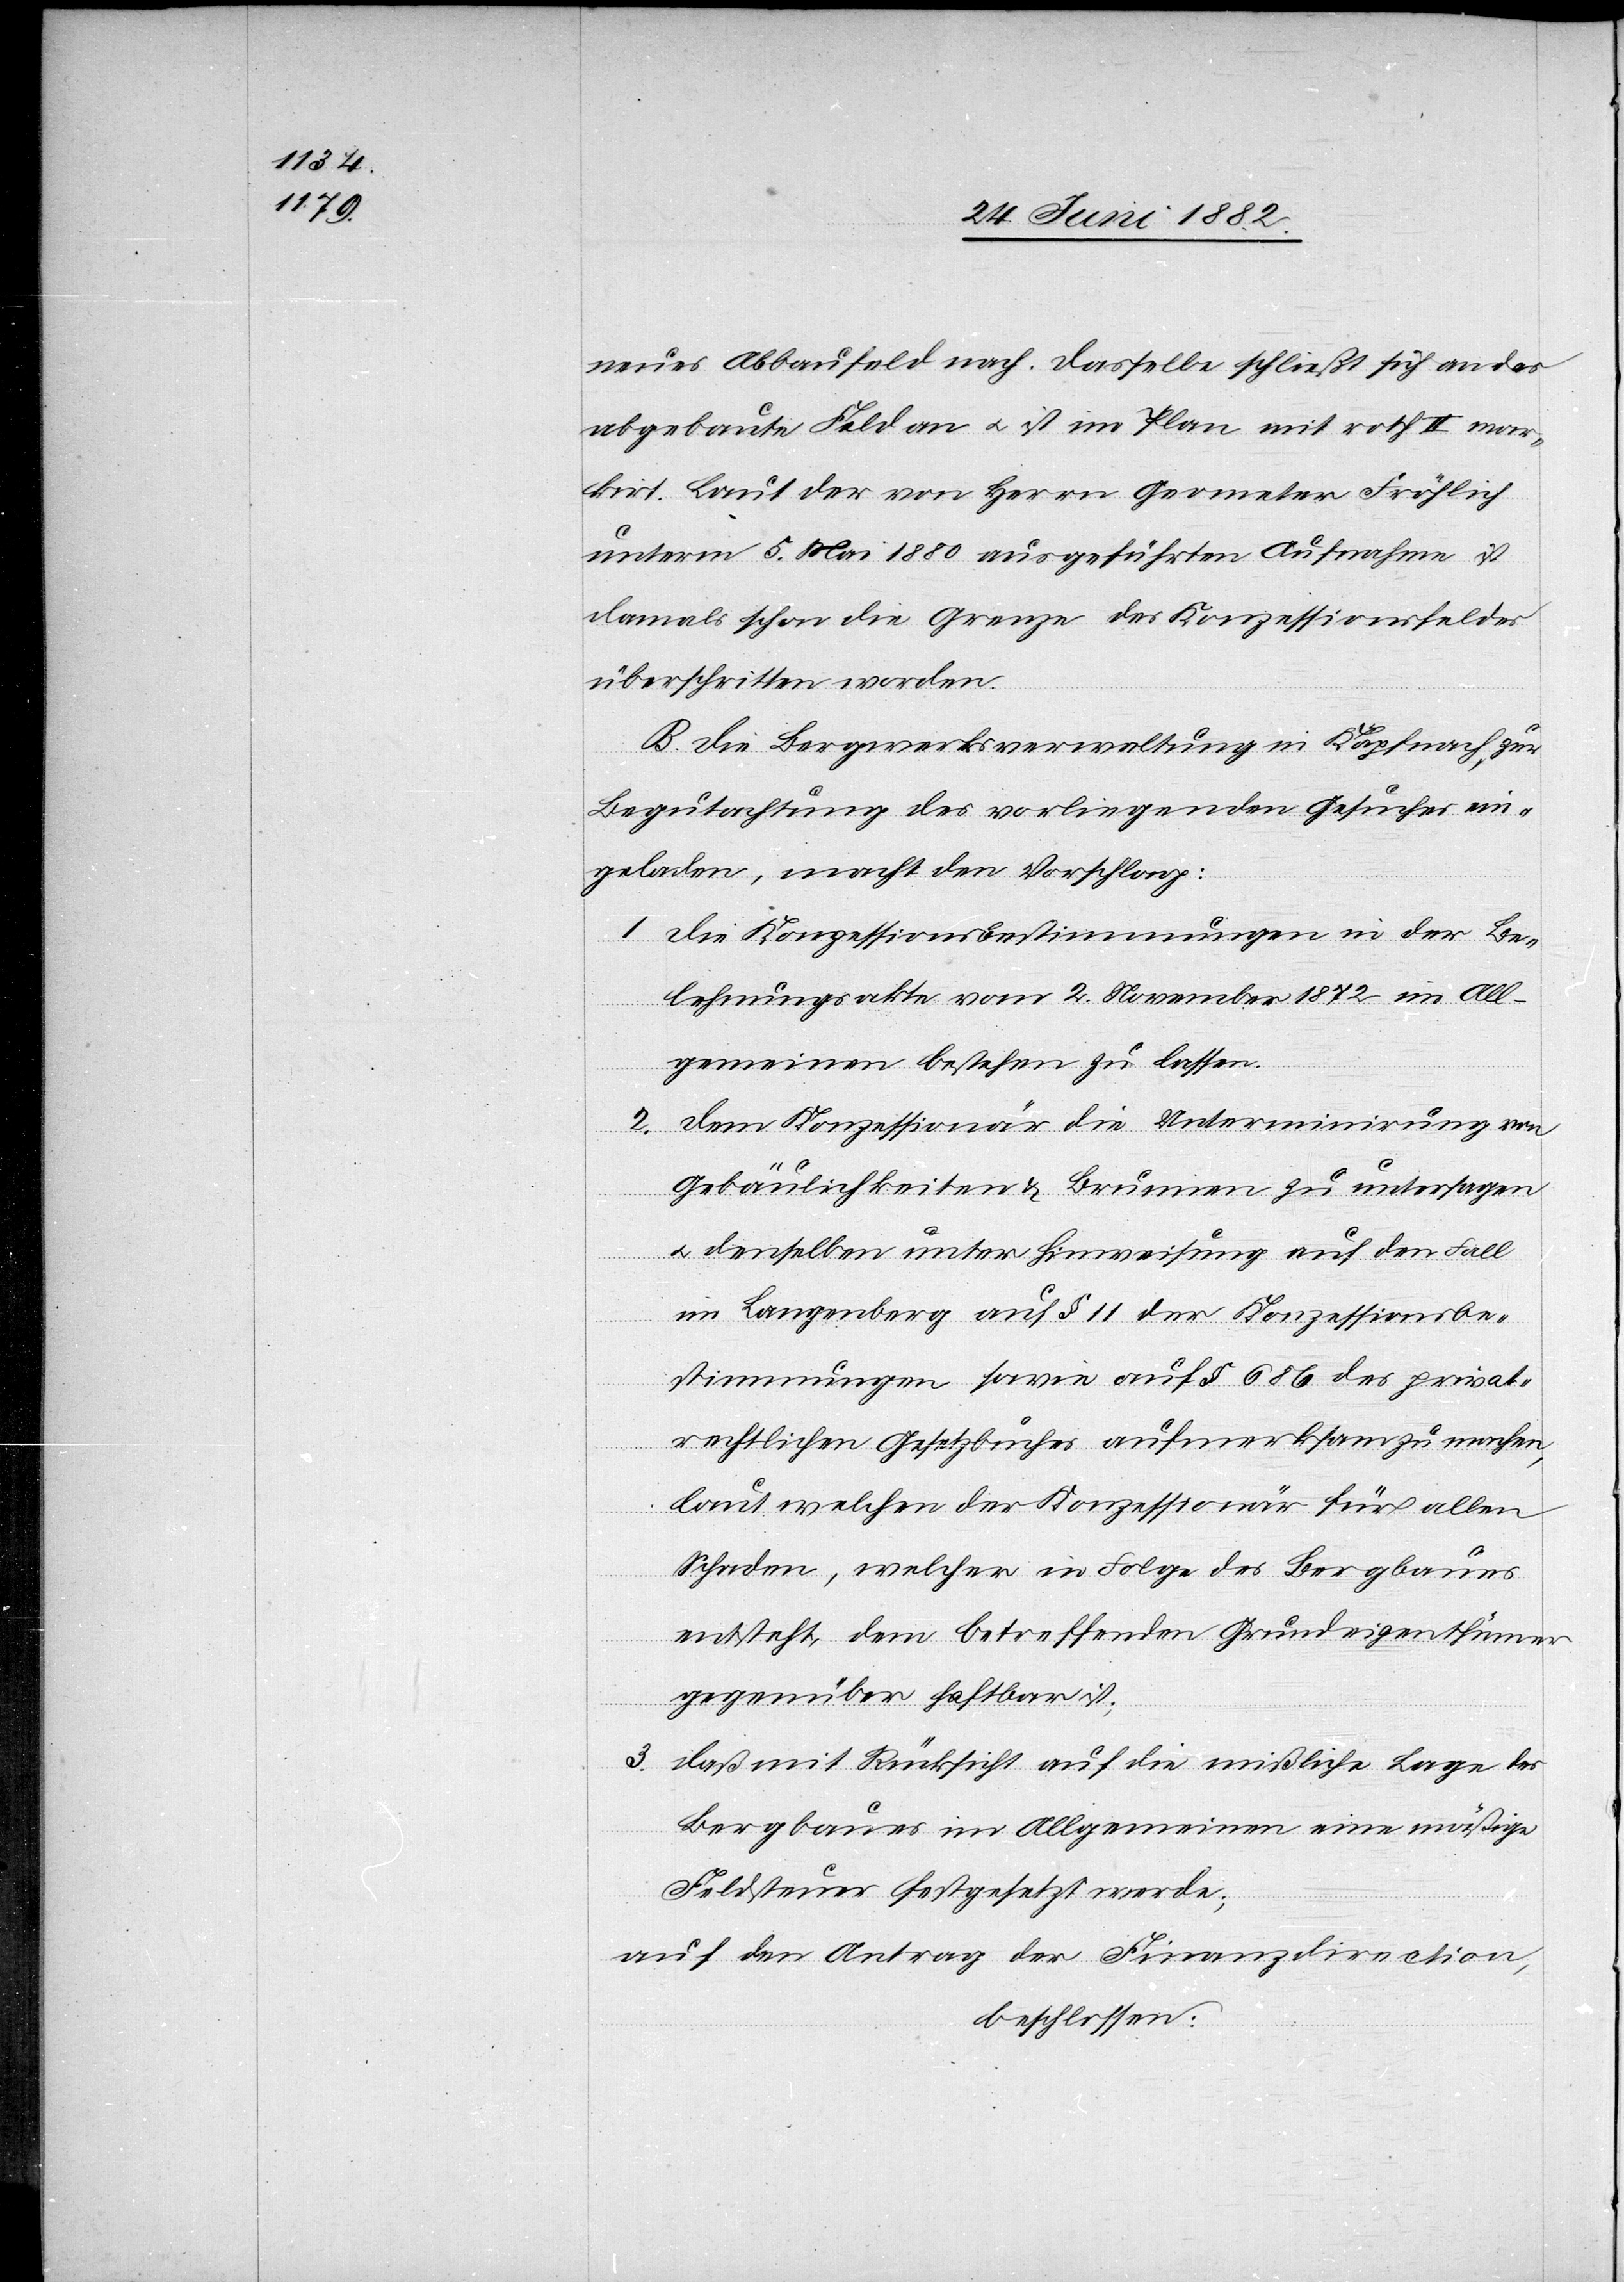
neues Abbaufeld nach. Dasselbe schließt sich an das
abgebaute Feld an u. ist im Plan mit roth II mar¬
kirt. Laut der von Herrn Geometer Fröhlich
unter, 5. Mai 1880 ausgeführten Aufnahme ist
damals schon die Grenze des Konzessionsfeldes
überschritten worden.
B. Die Bergwerksverwaltung in Käpfnach, zur
Begutachtung des vorliegenden Gesuches ein¬
geladen, macht den Vorschlag:
1. Die Konzessionsbestimmungen in der Be¬
lehnungsakte vom 2. November 1872 im All¬
gemeinen bestehen zu lassen.
2. Dem Konzessionär die Unterminirung von
Gebäulichkeiten & Brunnen zu untersagen
u. denselben unter Hinweisung auf den Fall
im Langenberg auf § 11 der Konzessionsbe¬
stimmungen sowie auf § 686 des privat¬
rechtlichen Gesetzbuches aufmerksam zu machen,
laut welchen der Konzessionär für allen
Schaden, welcher in Folge des Bergbaues
entsteht, dem betreffenden Grundeigenthümer
gegenüber haftbar ist;
3. daß mit Rücksicht auf die mißliche Lage des
Bergbaues im Allgemeinen eine mäßige
Feldsteuer festgesetzt werde;
auf den Antrag der Finanzdirection,
beschlossen